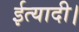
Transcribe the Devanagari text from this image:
ईत्यादी।